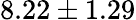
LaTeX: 8.22\pm 1.29